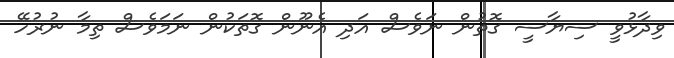
ވިދާޅުވީ ސިޔާސީ ގޮތުން ނަަވެސް އަދި އެނޫން ގޮތަކުން ނަމަވެސް ތިމާ ނުރުހޭ